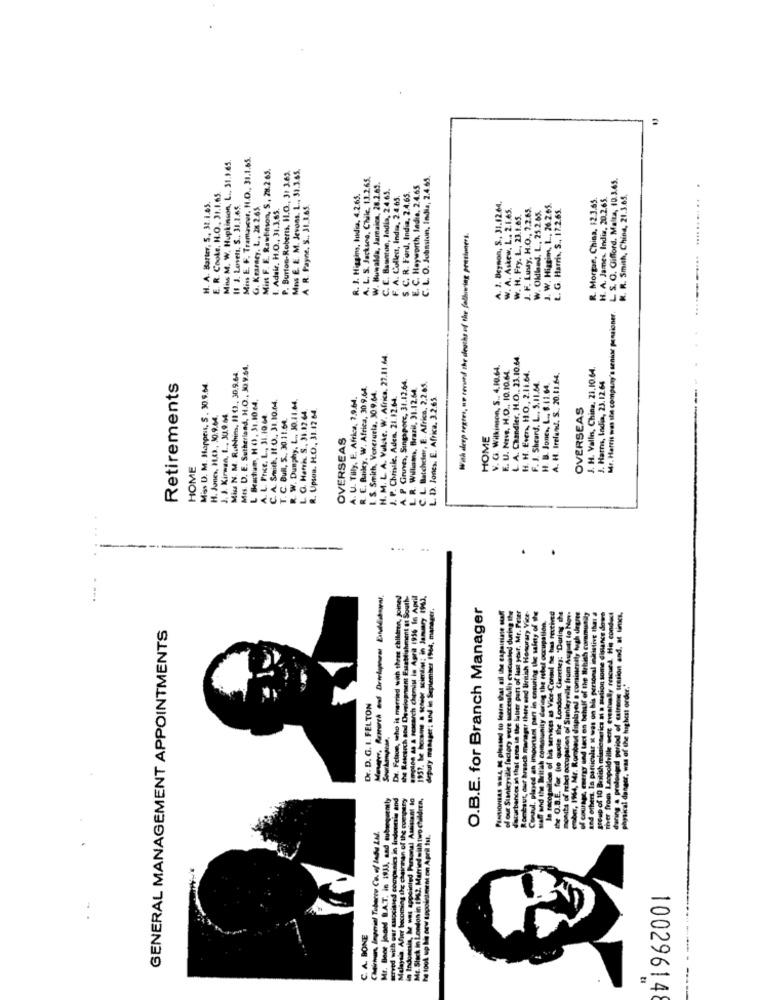
Miss E. F. Tranuneur, H.O ., 31.1.65.
Miss M. W. Hupkinson, L ., 31.1.65.
Mint F. E. Rawlinson, S, 28.2.65.
Mns E. E. M. Jevons. L ., 33.3.65.
P. Burton-Roberts, IL.O ., 3: 3.65.
A. L. S. Jackson, Chile, 13.265.
C. L. O. Jubastun, India, 2.4.65.
L S. O. Gifford, Malta, 10.3.65.
E. R. Cooks, H.O. 31.1.65.
W. Buwalda, Jamaica, 28.2.65.
E. C. Hayworth, Indis. 2.4.65
R. J. Higgins, tudes, 4.2.65.
C. E. Baunton, ladia, 2.4.65.
F. A. Collent, India, 2.4.65.
S. C. R. Ford, India, 2.4.65.
R. Morgan, China, 12.3.65
H. A. James. India, 20.2.65.
R. R. Smith, China, 21.3.65.
...
H. A. Barter, 5 ., 31.1.65.
11 J. Lovets. S ., 31.2.6$
G. Kearney, L ., 28 2.65.
1. Adair. H.O ., 31.3.65.
A R. Payne, S .. 31.3.65.
A. 2. Beynon, S ., 31.12.64.
W. A. Askew. L .. 2.1.65.
J. F. Lusty, H.O ., 2.2.65
W. Okled, L, 25.265.
3. W. Hiszim, L ., 26.2.65.
L. G. Harris, S ., 17.2.65.
w. H. Fry. L. 23.1.65.
With deep regtes, ue revund the deaths of the following pensioners.
.....
Mr. Harris was the company's senior pensioner
H. M. L. A. Vulike. W. Africa. 27.11.64.
L. A. Chandler, H.O ., 23.10.64
Mes. D. E. Sutherland, H.O , 30.9.64
V. G. Wilkinson, S ., 4.10.64.
3. H. Vallis, China, 21.10.64
Miss N. M. Ruthins, 11 (3, 30.9.64.
A. P Grunnes, Singapore, 31.12.64.
E. U. Nove, H.D ., 10.10.64.
H. H. Even, H.O ., 2.11.64,
H. Ireland. S ., 20.11.64,
J. Harms, India, 23.12.64
Retirements
Mass D. M. Mappris, S. 30.9.64.
R. C. Builey, W. Africa, 30 9.64.
I. S. Smith, Venezuela, 30 9.64.
L. R. Williams, Brazil, 31.12.64.
C. L. Batchder, E. Africa, 2,2.05.
F. J. Sheard. L ., 5. 11.64.
H. B. Jones, L .. $.11.64.
L Beachen, H O, 31.1064,
A. U. Tilly, E. Africa, 7.9.64.
J. P. Christie, Aden. 21.82.64.
L. D. Jones. E. Africa. 3.2.65.
C. A. Smith, If.0, 31.10.04.
R. W. Dunphy, L ., 30.11.64
L. G. Hark. S ., 31.12.64.
OVERSEAS
H. Jones, H.C ., 30.9.04.
J. J. Kirwan, I ., 30.9.64.
A. L. Price. L ., 31.10 04
T. C. Bull, S ., 30.11.64.
R. Upson. H.C ., 31.12 64
OVERSEAS
HOME
HOME
. ..
.
Dr. Felion, who is married with three children, Joined
ant Establishment at South
the Research and Development Establishment at South-
amplos as a rescarch chemist is Agrat 1956 16 April
Agra 1956 16 April
1957, he became a senior scientist; in January 1963.
deputy manager: and in September 1964, manager.
O.B.E. for Branch Manager
o Main that sil the Capsiniste Mal
weretafully evacuated during the
quer part of last your, Mr. Peter
GENERAL MANAGEMENT APPOINTMENTS
Dr. D. G. I. FELTON
ENSIONEAS
Mr. Bene joand B.A.T. in 1933, and subsequently
served with our associted companies in indoortis and
Malaysia. Aller becoming the chairman of the company
in Indonesia, he was appointed Personal Assistant to
Mr. Stack in London in 1962, Married with two children,
Chelemon, Imperial Tobacco Co. of Bad LM.
he took up bh new appointment on April 1st.
C. A. BONE
100296148